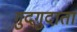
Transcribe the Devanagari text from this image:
गुदगुदाता